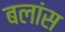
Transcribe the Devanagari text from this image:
बलांस